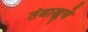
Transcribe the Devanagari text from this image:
तंबाखुचे